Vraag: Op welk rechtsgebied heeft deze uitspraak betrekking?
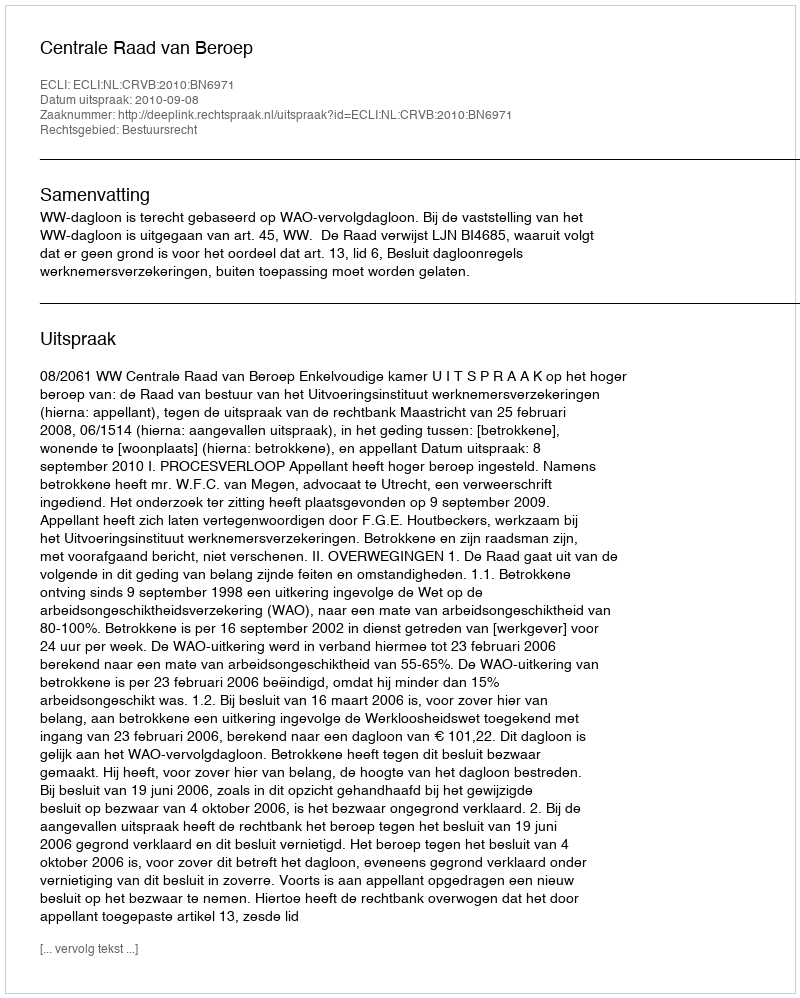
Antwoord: Bestuursrecht